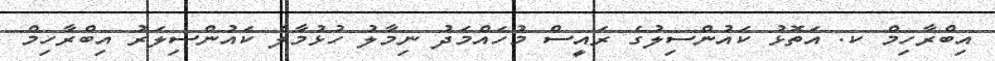
އިބްރާހިމް ކ. އަތޮޅު ކައުންސިލުގެ ރައީސް މުހައްމަދު ނިމާލު ހުޅުމާލެ ކައުންސިލަރު އިބްރާހިމް